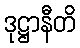
ဒုဋ္ဌာနီတိ